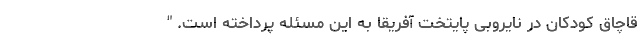
قاچاق کودکان در نایروبی پایتخت آفریقا به این مسئله پرداخته است. "